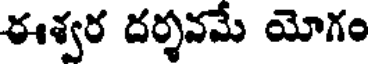
ఈశ్వర దర్శనమే యోగం